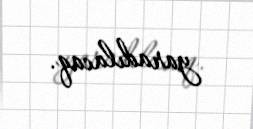
yaradılacaq.